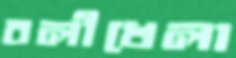
বলীখেলা